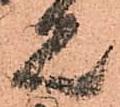
見